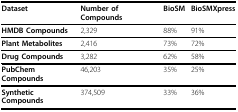
| Dataset | Number of Compounds | BioSM | BioSMXpress |
 | --- | --- | --- | --- |
 | HMDB Compounds | 2,329 | 88% | 91% |
 | Plant Metabolites | 2,416 | 73% | 72% |
 | Drug Compounds | 3,282 | 62% | 58% |
 | PubChem Compounds | 46,203 | 35% | 25% |
 | Synthetic Compounds | 374,509 | 33% | 36% |